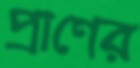
প্রাণের